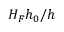
H _ { F } h _ { 0 } / h